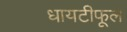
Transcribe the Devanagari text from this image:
धायटीफूल